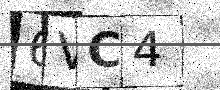
Text: 6VC4